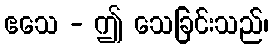
ဧသေ - ဤ သေခြင်းသည်၊